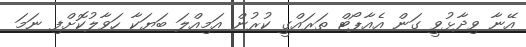
އޭނާ ވިދާޅުވީ ގަން އެއާޕޯޓް ތަރައްގީ ކުރުން އަމިއްލަ ބަޔަކާ ހަވާލުކޮށްފި ނަމަ